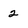
Character: 2